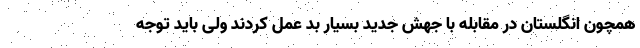
همچون انگلستان در مقابله با جهش جدید بسیار بد عمل کردند ولی باید توجه